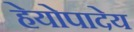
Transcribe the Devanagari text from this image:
हेयोपादेय